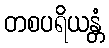
တစပရိယန္တံ